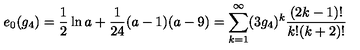
e _ { 0 } ( g _ { 4 } ) = \frac { 1 } { 2 } \ln a + \frac { 1 } { 2 4 } ( a - 1 ) ( a - 9 ) = \sum _ { k = 1 } ^ { \infty } ( 3 g _ { 4 } ) ^ { k } \frac { ( 2 k - 1 ) ! } { k ! ( k + 2 ) ! }